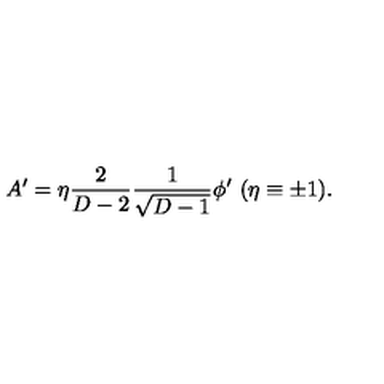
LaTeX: A ^ { \prime } = \eta { \frac { 2 } { D - 2 } } { \frac { 1 } { \sqrt { D - 1 } } } \phi ^ { \prime } \ ( \eta \equiv \pm 1 ) .